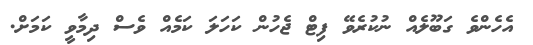
އެހެންވެ ގަބޫލެއް ނުކުރެވޭ ފިޓް ޖެހުން ކަހަލަ ކަމެއް ވެސް ދިމާވީ ކަމަށް.